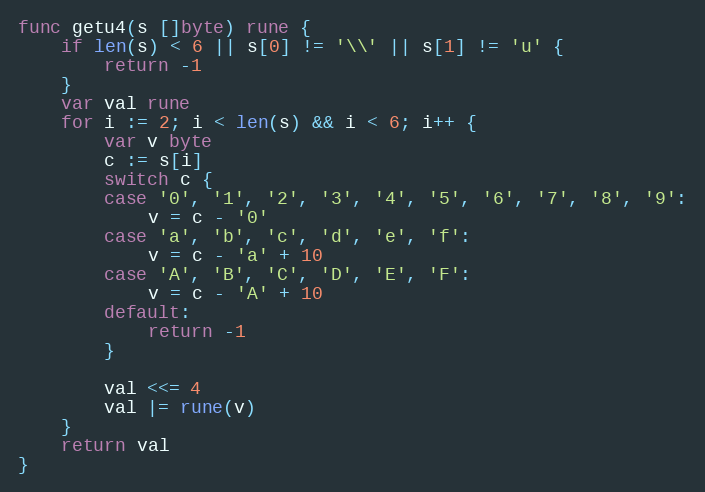
Language: Go
func getu4(s []byte) rune {
	if len(s) < 6 || s[0] != '\\' || s[1] != 'u' {
		return -1
	}
	var val rune
	for i := 2; i < len(s) && i < 6; i++ {
		var v byte
		c := s[i]
		switch c {
		case '0', '1', '2', '3', '4', '5', '6', '7', '8', '9':
			v = c - '0'
		case 'a', 'b', 'c', 'd', 'e', 'f':
			v = c - 'a' + 10
		case 'A', 'B', 'C', 'D', 'E', 'F':
			v = c - 'A' + 10
		default:
			return -1
		}

		val <<= 4
		val |= rune(v)
	}
	return val
}